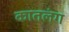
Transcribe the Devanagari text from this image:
कातलंग